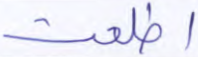
اطلعت